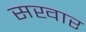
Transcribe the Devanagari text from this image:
सखार